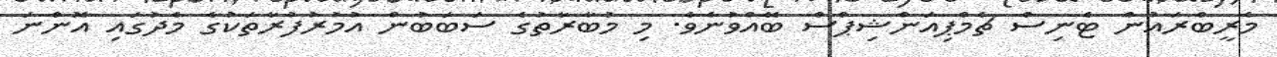
މެރީބްރައުން ޓެނިސް ޗެމްޕިއަންޝިޕްސް ބޭއްވުނެވެ. މި މުބާރާތުގެ ސަބަބުން އުމުރުފުރާތަކުގެ މެދުގައި އޮންނަ